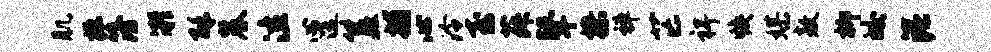
肌掘簿凝酥麓泣心途簋捕心泠至菽鼙操禅芒裨焕媒敖柳皎泥